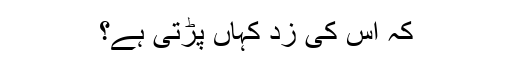
کہ اس کی زد کہاں پڑتی ہے؟